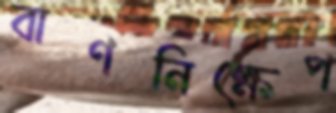
বাণনিক্ষেপ